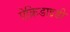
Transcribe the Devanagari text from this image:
ऐक्रिडाइडी